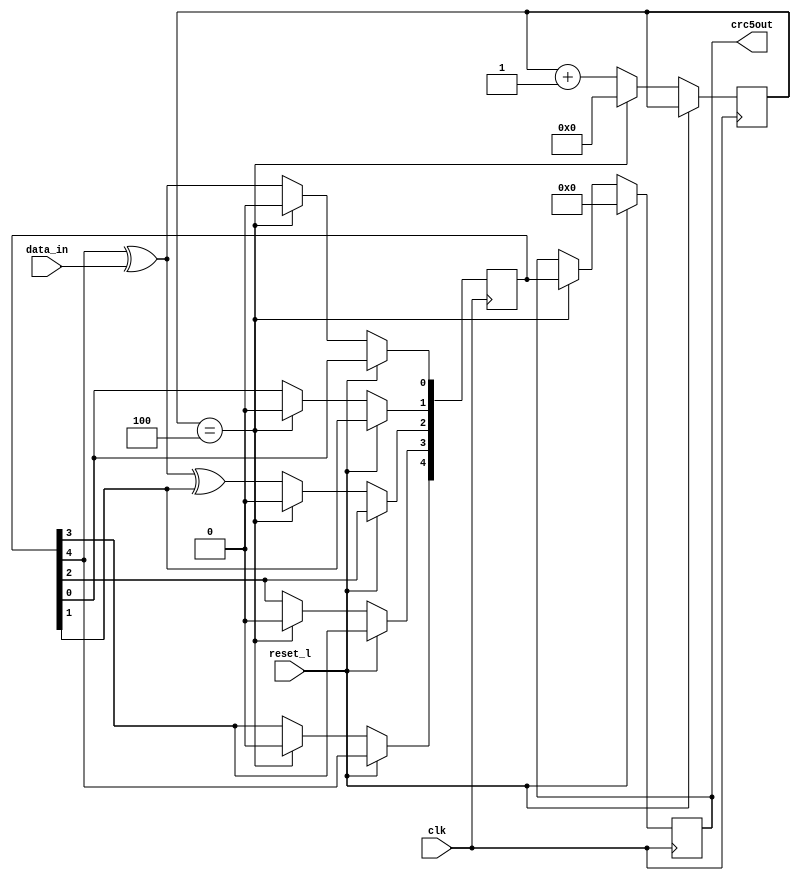
`timescale 1ns / 1ps
//////////////////////////////////////////////////////////////////////////////////
// Company: 
// Engineer: 
// 
// Design Name: 
// Module Name:    crc5 
// Project Name: 
// Target Devices: 
// Tool versions: 
// Description: 
//
// Dependencies: 
//
// Revision: 
// Revision 0.01 - File Created
// Additional Comments: 
//
//////////////////////////////////////////////////////////////////////////////////
module crc5(
    input data_in,
    input clk,
    input reset_l,
    output reg [4:0] crc5out
    );
reg [3:0] counter=4'b0000;
reg [4:0] shiftregister=5'b00000;
always @(posedge clk) begin
           if (reset_l!=1) begin 
                    counter<=counter+1;
						  shiftregister[0]<=(shiftregister[4]^data_in);
						  shiftregister[1]<=shiftregister[0];
						  shiftregister[2]<=((shiftregister[4]^data_in)^shiftregister[1]);
						  shiftregister[3]<=shiftregister[2];
						  shiftregister[4]<=shiftregister[3];
						  if(counter==4)begin
						          crc5out[4:0]<=shiftregister[4:0];
									 shiftregister<=5'b00000;
									 counter<=4'b0000;
						  end
			   end
				
				if(reset_l==1) begin
				crc5out<=5'b00000;
				end
				
				
end
			 

endmodule